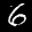
Label: 6